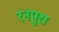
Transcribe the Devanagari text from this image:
रनपुरा